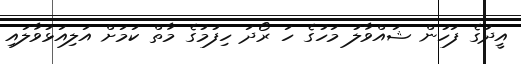
އީދުގެ ފަހުން ޝައްވާލު މަހުގެ ހަ ރޯދަ ހިފުމުގެ މާތް ކަމަށް އަލިއަޅުވާލައި